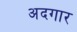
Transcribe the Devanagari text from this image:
अदगार